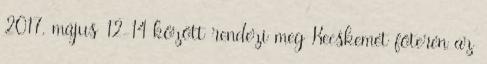
2017. május 12-14 között rendezi meg Kecskemét főterén az